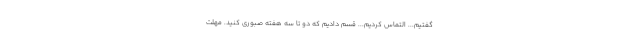
گفتیم... التماس کردیم... قسم دادیم که دو تا سه هفته صبوری کنید. مهلت